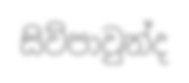
සිව්පාවුන්ද